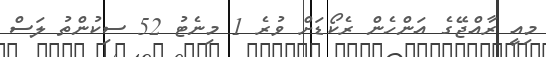
މިއީ ރާއްޖޭގެ އަންހެން ރެކޯޑަށް ވުރެ 1 މިނެޓު 52 ސިކުންތު ލަސް